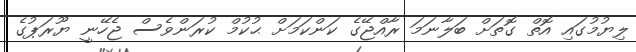
ލިޔުމުގައި އޮތް ގޮތަށް ބަލާނަމަ ރާއްޖޭގެ ކަންކަމަށް ޙުކުމް ކުރަންވެސް ޖެހޭނީ ޔޫރަޕުގެ